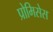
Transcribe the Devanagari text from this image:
प्रोमिसेस